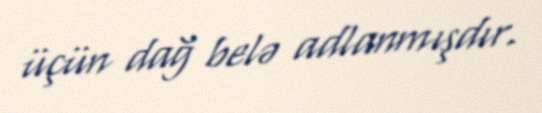
üçün dağ belə adlanmışdır.